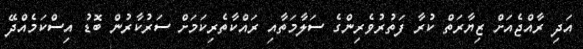
އަދި ރާއްޖެއަށް ޒިޔާރަތް ކުރާ ފަތުރުވެރިންގެ ސަލާމަތާއި ރައްކާތެރިކަމަށް ސަރުކާރުން ބޮޑު އިސްކަމެއްދޭ